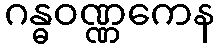
ဂန္ဓဝဏ္ဏကေန